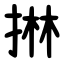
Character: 㨆